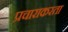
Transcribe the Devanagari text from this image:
प्रचाराकरता